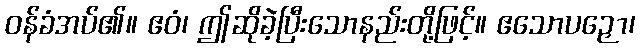
ဝန်ခံအပ်၏။ ဧဝံ၊ ဤဆိုခဲ့ပြီးသောနည်းတို့ဖြင့်။ ဧသောပဉှော၊